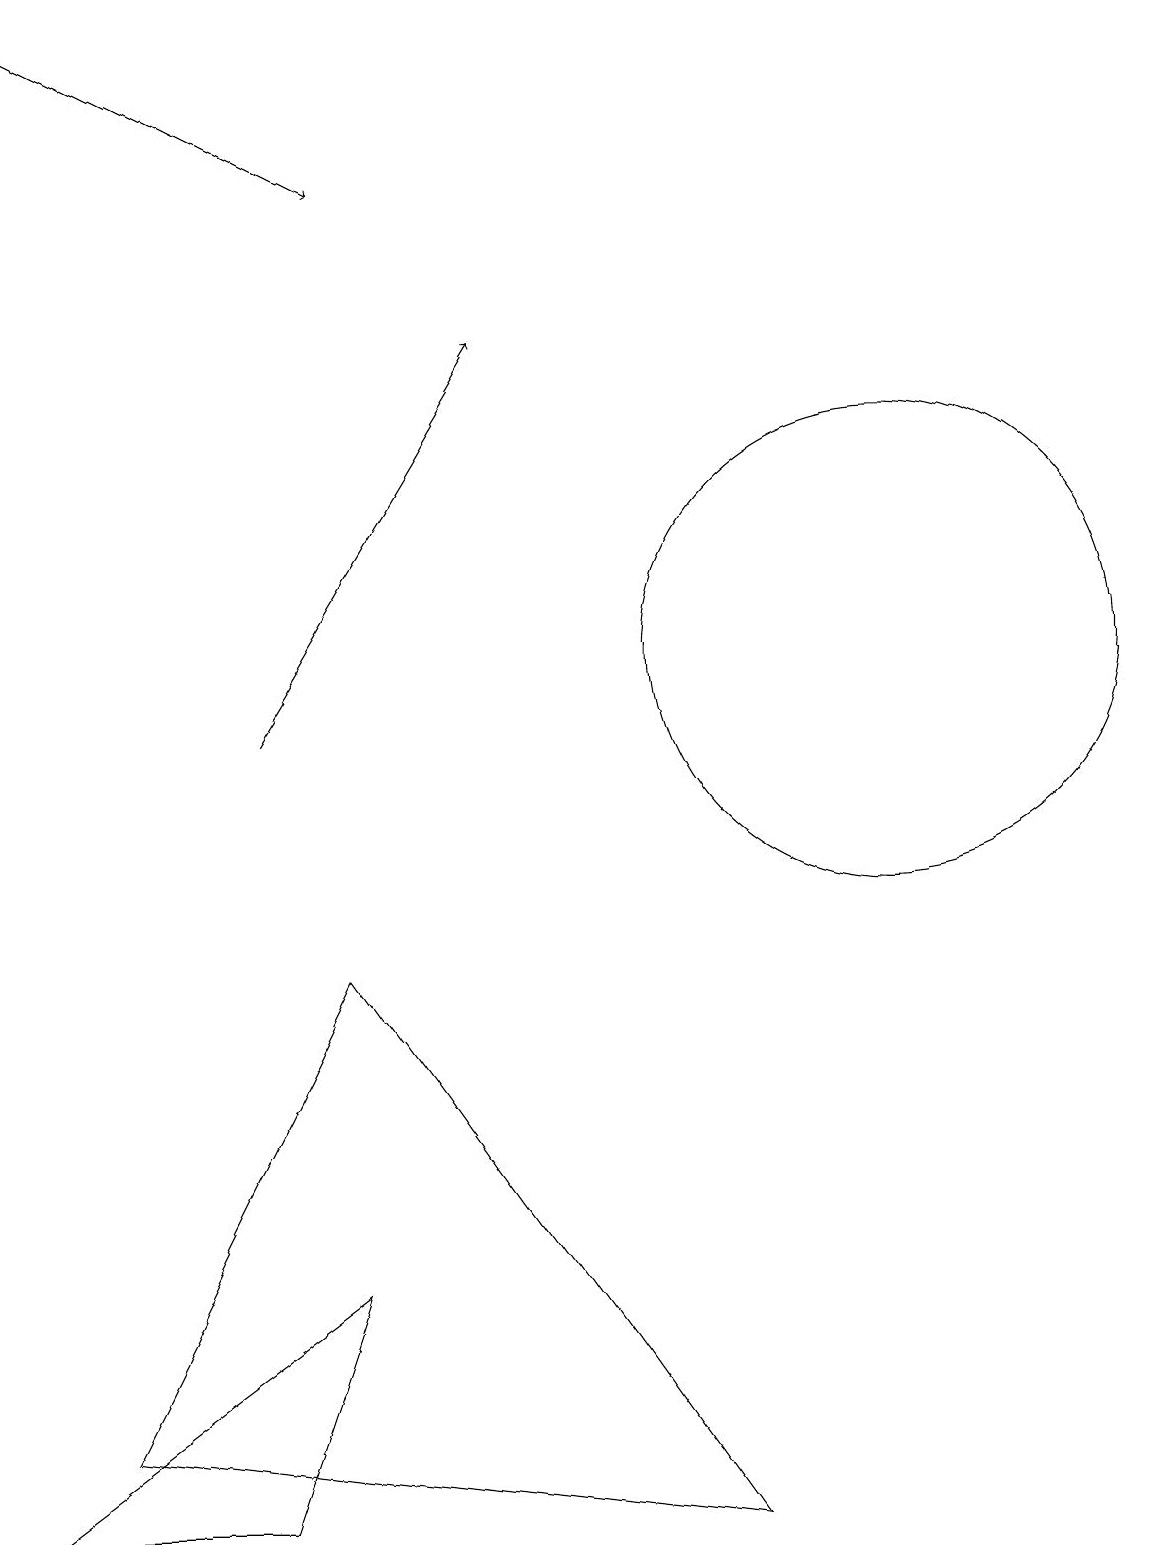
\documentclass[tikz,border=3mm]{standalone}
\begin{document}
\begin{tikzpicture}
\draw[->] (3,10) -- (6,15);
\draw[->] (0,19) -- (4,17);
\draw (11,11) circle (3);
\draw (0,0) -- (4,3) -- (3,0) -- cycle;
\draw (6,19) rectangle (6,19);
\draw (4,7) -- (1,1) -- (9,0) -- cycle;
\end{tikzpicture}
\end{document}